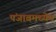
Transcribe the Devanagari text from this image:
पंजाबमध्येच